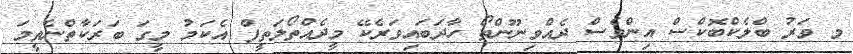
މ ވަރު ބްލެކްބޮކްސް އިންވެސް ދެއްވިނޫންތޯ ހާދަބައިވަރެކޭ މީދެއްތޯލަތީފް އެކަމު މީގަ ބަރަކާތްނެތީމަ